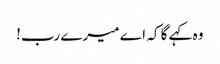
وہ کہے گا کہ اے میرے رب!